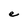
Character: e